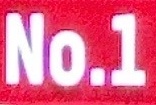
No.1